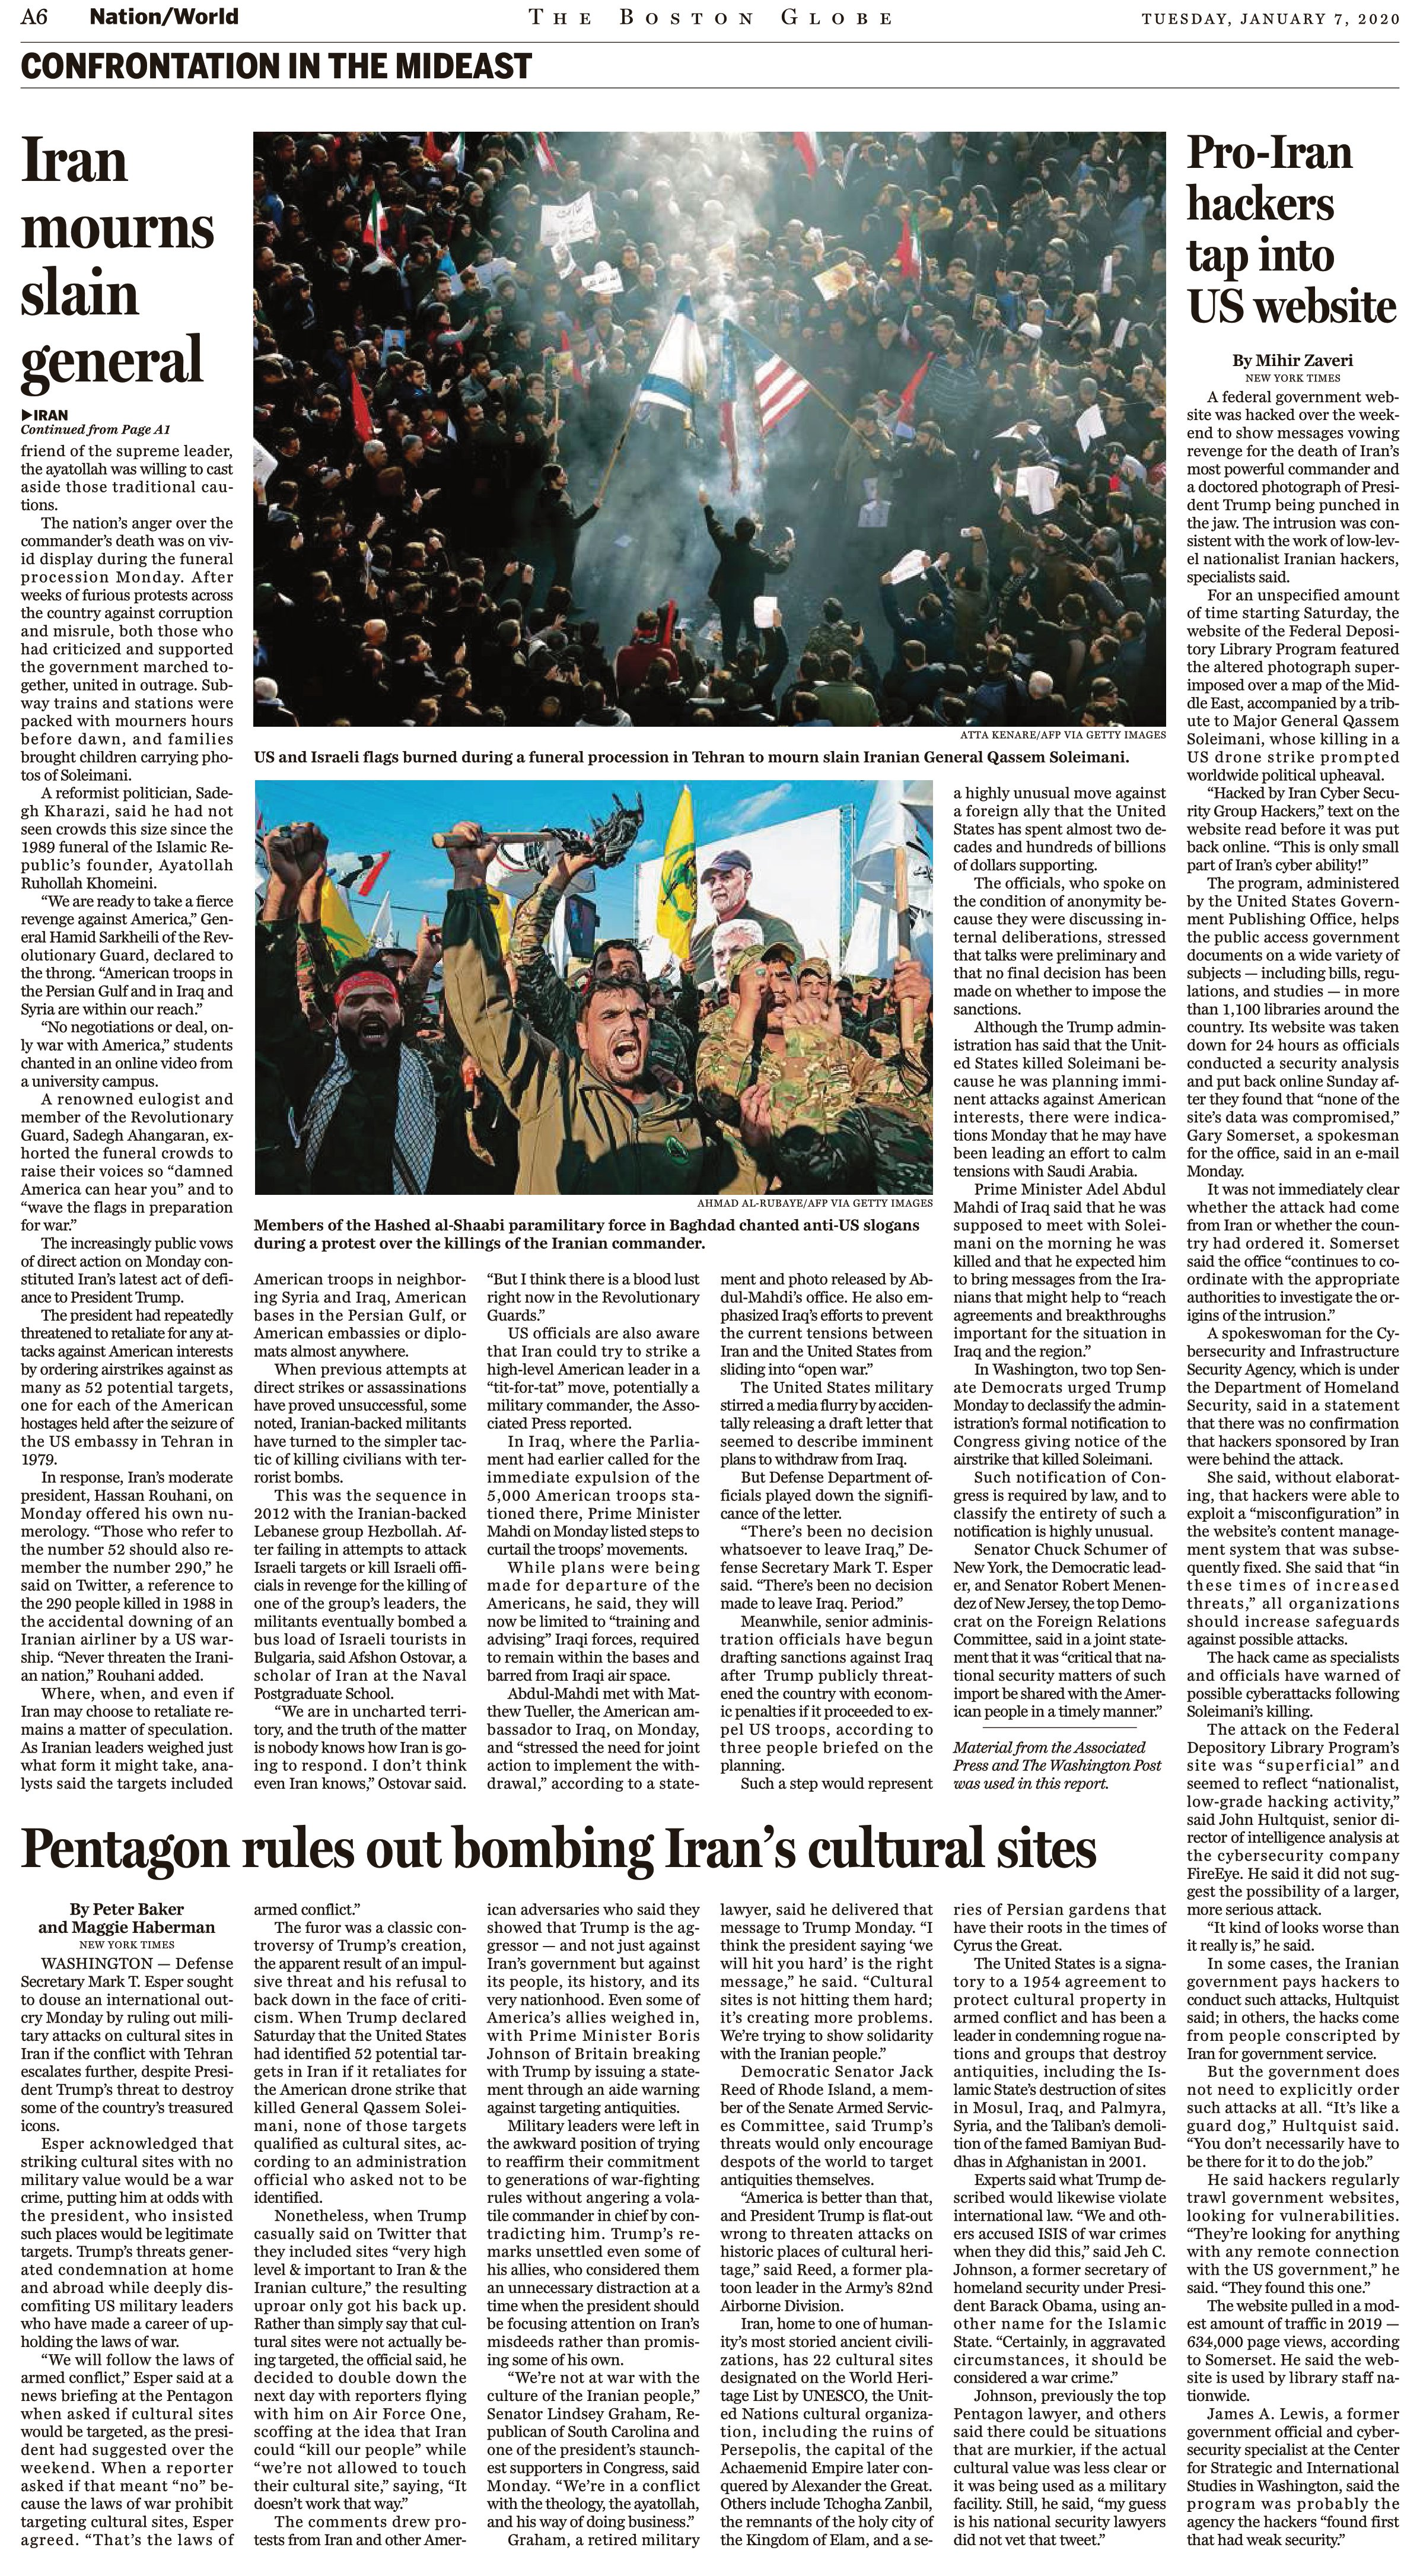
Language: en